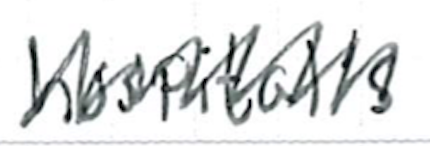
Text: hospital's
Cross-out: zig-zag
Writing tool: ballpoint